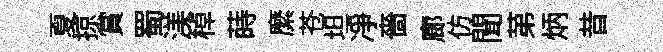
夏掠賞蜀渼棹蒔縻苍坦凈嗇廊仿聞苐炳昔